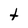
Character: t